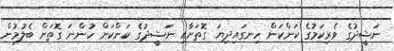
ނަޝީދުގެ ވެރިކަމުގެ ކަންކަން ހިނގައިދިޔަ ގޮތަށާއި ނަޝީދުގެ ކަންކަން ހުންނަ ގޮތަށް ބެލުމުން